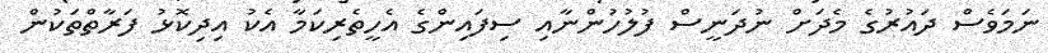
ނަމަވެސް ދައުރުގެ މެދަށް ނުދަނީސް ފުލުހުންނާއި ސިފައިންގެ އެހީތެރިކަމާ އެކު އިދިކޮޅު ފަރާތްތަކުން